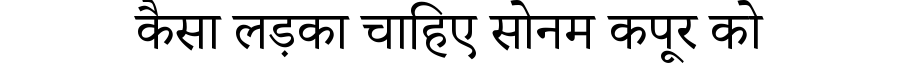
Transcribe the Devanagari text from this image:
कैसा लड़का चाहिए सोनम कपूर को